Plague in India, 1896, 1897 - Volume 2
Year: 1896
Disease focus: Plague
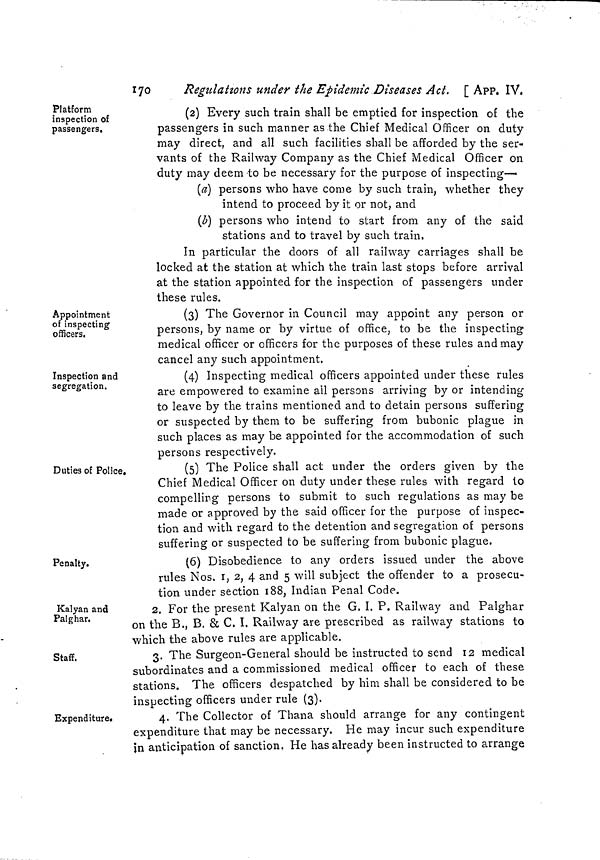
170
Regulations under the Epidemic Diseases Act. [ APP. IV.
Platform
inspection of
passengers.
(2) Every such train shall be emptied for inspection of the
passengers in such manner as the Chief Medical Officer on duty
may direct, and all such facilities shall be afforded by the ser-
vants of the Railway Company as the Chief Medical Officer on
duty may deem to be necessary for the purpose of inspecting—
(a) persons who have come by such train, whether they
intend to proceed by it or not, and
(b) persons who intend to start from any of the said
stations and to travel by such train,
In particular the doors of all railway carriages shall be
locked at the station at which the train last stops before arrival
at the station appointed for the inspection of passengers under
these rules.
Appointment
of inspecting
officers.
(3) The Governor in Council may appoint any person or
persons, by name or by virtue of office, to be the inspecting
medical officer or officers for the purposes of these rules and may
cancel any such appointment.
Inspection and
segregation.
(4) Inspecting medical officers appointed under these rules
are empowered to examine ail persons arriving by or intending
to leave by the trains mentioned and to detain persons suffering
or suspected by them to be suffering from bubonic plague in
such places as may be appointed for the accommodation of such
persons respectively.
Duties of Police,
(5) The Police shall act under the orders given by the
Chief Medical Officer on duty under these rules with regard to
compelling persons to submit to such regulations as may be
made or approved by the said officer for the purpose of inspec-
tion and with regard to the detention and segregation of persons
suffering or suspected to be suffering from bubonic plague.
Penalty.
(6) Disobedience to any orders issued under the above
rules Nos. 1, 2, 4 and 5 will subject the offender to a prosecu-
tion under section 188, Indian Penal Code.
Kalyan and
Pal ghar.
2. For the present Kalyan on the G. I. P. Railway and Palghar
on the B., B. & C. I. Railway are prescribed as railway stations to
which the above rules are applicable.
Staff.
3. The Surgeon-General should be instructed to send 12 medical
subordinates and a commissioned medical officer to each of these
stations. The officers despatched by him shall be considered to be
inspecting officers under rule (3).
Expenditure.
4. The Collector of Thana should arrange for any contingent
expenditure that may be necessary. He may incur such expenditure
in anticipation of sanction. He has already been instructed to arrange